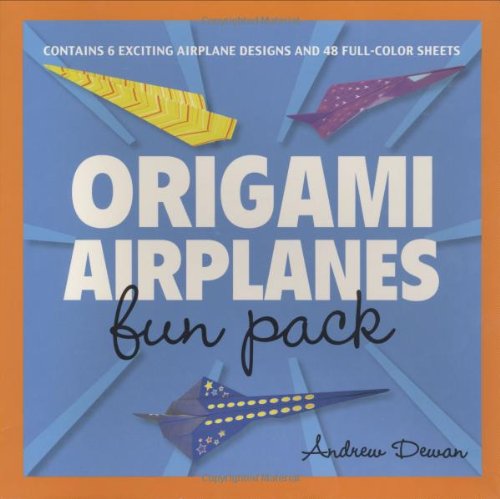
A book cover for Origami Airplanes Fun Pack: [Origami Kit with Book, 48 Papers]; Andrew Dewar; Sports & Outdoors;